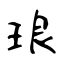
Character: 琅